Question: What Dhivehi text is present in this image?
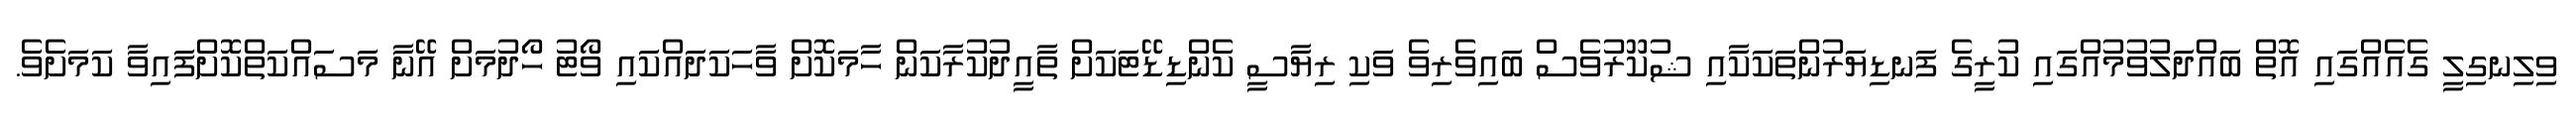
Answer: ވިލިނގިލީ ގެއެއްގައި އޮތް ބައްދަލުވުމުއްގައި ކުރީގެ ފަނޑިޔަރުންތަކަކާއި ޝުކޫރުވެސް ބައިވެރިވެ ވަކި ރިޔާސީ ކެންޑިޑޭޓަކަށް ތާއީދުކުރާކަން ހާމަކޮށް ވާހަކަދައްކައި ވޯޓު ހޯދުމަށް އޭނާ މަސައްކަތްކޮށްފައިވާ ކަމަށެވެ.